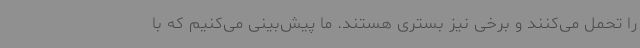
را تحمل می‌کنند و برخی نیز بستری هستند. ما پیش‌بینی می‌کنیم که با